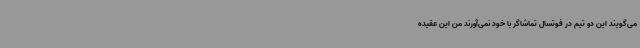
می‌گویند این دو تیم در فوتسال تماشاگر با خود نمی‌آورند من این عقیده